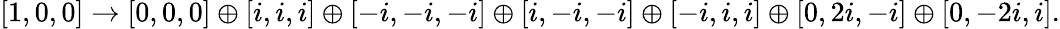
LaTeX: [1,0,0]\to[0,0,0]\oplus[i,i,i]\oplus[-i,-i,-i]\oplus[i,-i,-i]\oplus[-i,i,i]\oplus[0,2i,-i]\oplus[0,-2i,i].